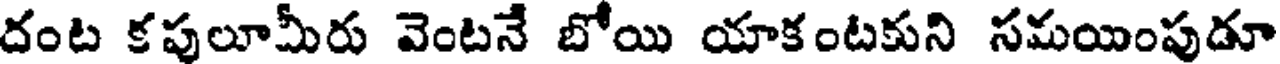
దంట కపులూమీరు వెంటనే బోయి యాకంటకుని సమయింపుడూ